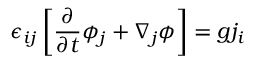
\epsilon _ { i j } \left[ { \frac { \partial } { \partial t } } \phi _ { j } + \nabla _ { j } \phi \right] = g j _ { i }